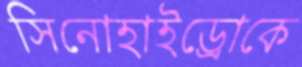
সিনোহাইড্রোকে